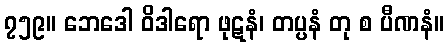
၇၅၉။ ဘေဒေါ ဝိဒါရော ဖုဋနံ၊ တပ္ပနံ တု စ ပီဏနံ။